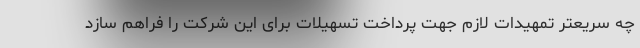
چه سریعتر تمهیدات لازم جهت پرداخت تسهیلات برای این شرکت را فراهم سازد